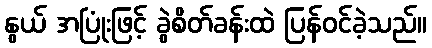
နွယ် အပြုံးဖြင့် ခွဲစိတ်ခန်းထဲ ပြန်ဝင်ခဲ့သည်။